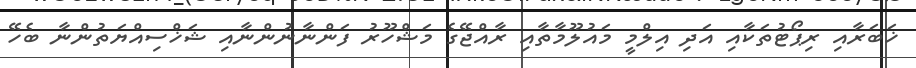
ޚަބަރާއި ރިޕޯޓުތަކާއި އަދި އިލްމީ މައުލޫމާތާއި ރާއްޖޭގެ މަޝްހޫރު ފަންނާނުންނާއި ޝަޚްސިއްޔަތުންނާ ބެހޭ